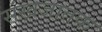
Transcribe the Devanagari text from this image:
संखजातक